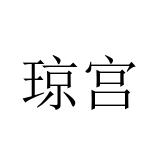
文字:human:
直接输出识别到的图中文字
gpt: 琼宫